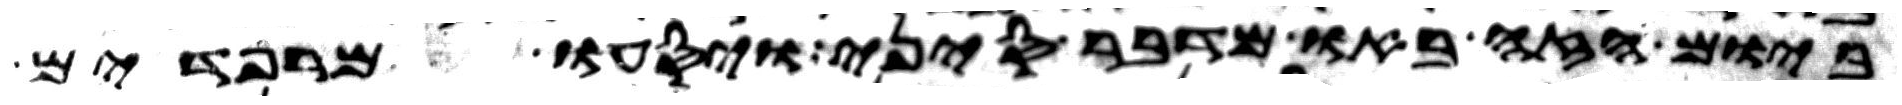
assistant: ביום הזה באו מדבר סיני ויסעו מרפידים